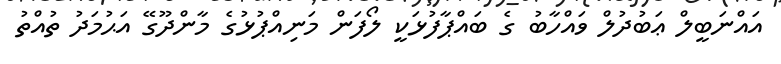
އައްނަބީލް ޢަބުދުލް ވައްހާބު ގެ ބައްޕާފުޅަކީ ލޯފަން މަނިއްޕުޅުގެ މާންދޫގޭ އަޙުމަދު ތުއްތު